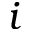
i